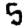
Digit: 5